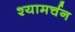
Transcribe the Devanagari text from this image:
श्यामर्चन